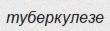
туберкулезе